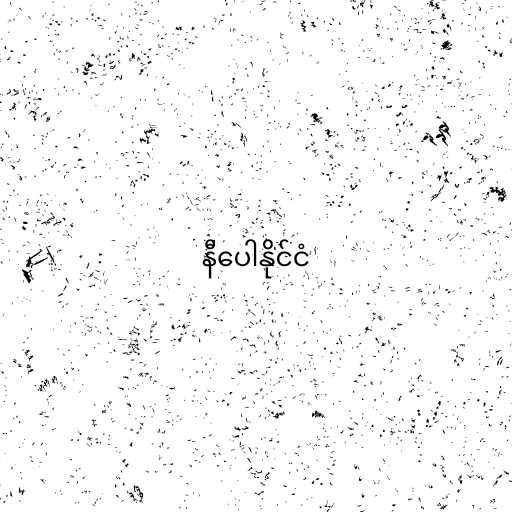
နီပေါနိုင်ငံ